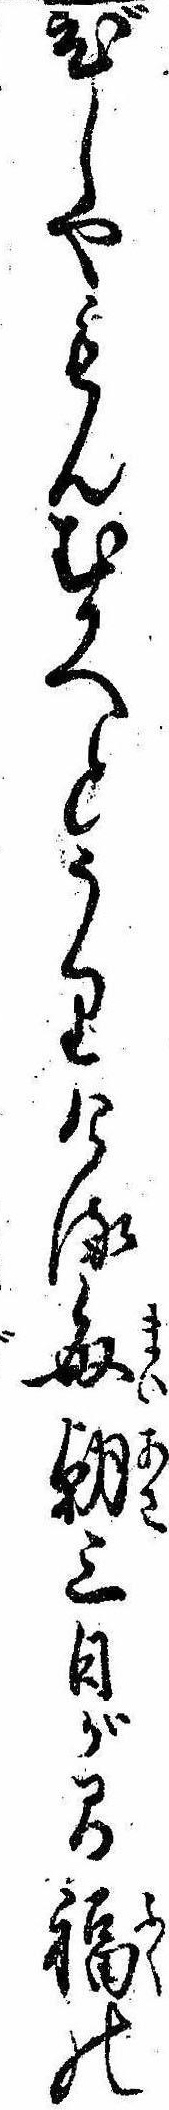
びしやもんむかへとうりける毎朝三日が間福の